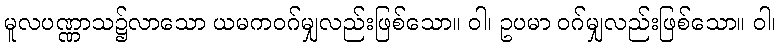
မူလပဏ္ဏာသ၌လာသော ယမကဝဂ်မျှလည်းဖြစ်သော။ ဝါ၊ ဥပမာ ဝဂ်မျှလည်းဖြစ်သော။ ဝါ၊